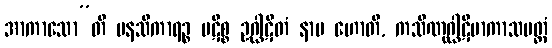
အာကာသော”တိ မနသိကာရဉ္စ ပဋိစ္စ ဥဂ္ဃါဋိတံ နာမ ဟောတိ, ကသိဏုဂ္ဃါဋိမာကာသမတ္တံ